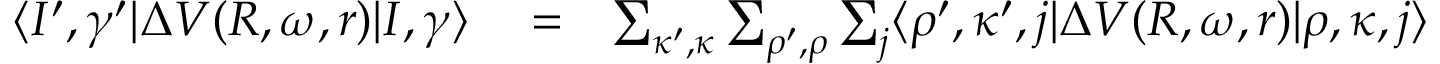
\begin{array} { r l r } { \langle I ^ { \prime } , \gamma ^ { \prime } | \Delta V ( R , \omega , r ) | I , \gamma \rangle } & { { } = } & { \sum _ { \kappa ^ { \prime } , \kappa } \sum _ { \rho ^ { \prime } , \rho } \sum _ { j } \langle \rho ^ { \prime } , \kappa ^ { \prime } , j | \Delta V ( R , \omega , r ) | \rho , \kappa , j \rangle } \end{array}